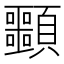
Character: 䫷